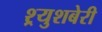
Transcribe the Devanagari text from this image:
श्र्युशबेरी